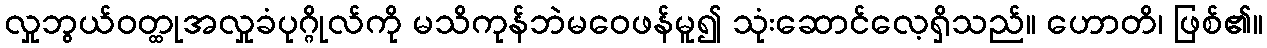
လှုဘွယ်ဝတ္ထုအလှုခံပုဂ္ဂိုလ်ကို မသိကုန်ဘဲမဝေဖန်မူ၍ သုံးဆောင်လေ့ရှိသည်။ ဟောတိ၊ ဖြစ်၏။